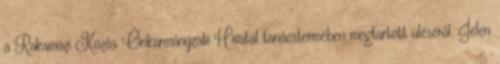
a Rakamazi Közös Önkormányzati Hivatal tanácstermében megtartott üléséről. Jelen